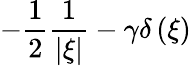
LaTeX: -{\frac{1}{2}}{\frac{1}{\left|\xi\right|}}-\gamma\delta\left(\xi\right)